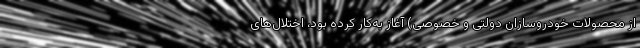
از محصولات خودروسازان دولتی و خصوصی) آغاز به‌کار کرده بود، اختلال‌های